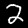
Digit: 2